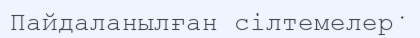
Пайдаланылған cілтемелер﻿